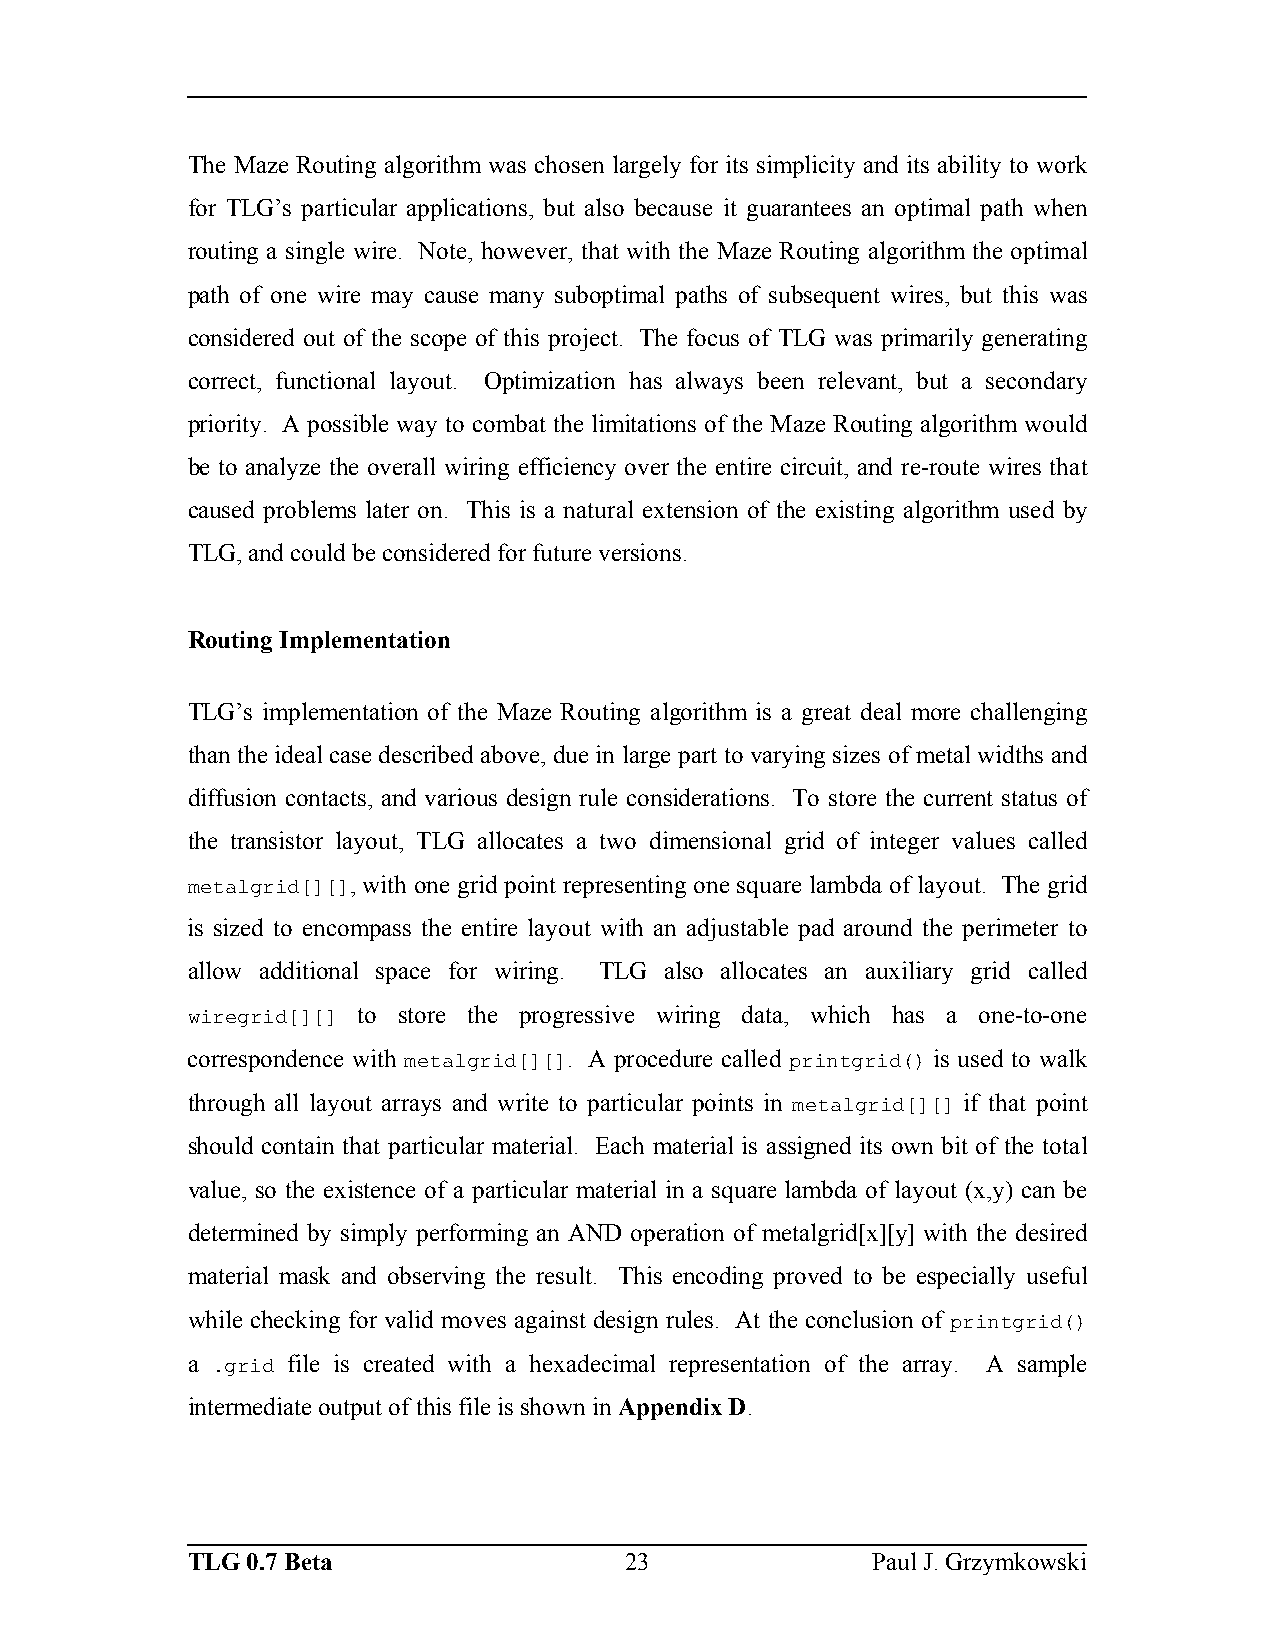
The Maze Routing algorithm was chosen largely for its simplicity and its ability to work
 for TLG’s particular applications, but also because it guarantees an optimal path when
 routing a single wire. Note, however, that with the Maze Routing algorithm the optimal
 path of one wire may cause many suboptimal paths of subsequent wires, but this was
 considered out of the scope of this project. The focus of TLG was primarily generating
 correct, functional layout. Optimization has always been relevant, but a secondary
 priority. A possible way to combat the limitations of the Maze Routing algorithm would
 be to analyze the overall wiring efficiency over the entire circuit, and re-route wires that
 caused problems later on. This is a natural extension of the existing algorithm used by
 TLG, and could be considered for future versions.
 Routing Implementation
 TLG’s implementation of the Maze Routing algorithm is a great deal more challenging
 than the ideal case described above, due in large part to varying sizes of metal widths and
 diffusion contacts, and various design rule considerations. To store the current status of
 the transistor layout, TLG allocates a two dimensional grid of integer values called
 metalgrid[][], with one grid point representing one square lambda of layout. The grid
 is sized to encompass the entire layout with an adjustable pad around the perimeter to
 allow additional space for wiring. TLG also allocates an auxiliary grid called
 wiregrid[][] to store the progressive wiring data, which has a one-to-one
 correspondence with metalgrid[][]. A procedure called printgrid() is used to walk
 through all layout arrays and write to particular points in metalgrid[][] if that point
 should contain that particular material. Each material is assigned its own bit of the total
 value, so the existence of a particular material in a square lambda of layout (x,y) can be
 determined by simply performing an AND operation of metalgrid[x][y] with the desired
 material mask and observing the result. This encoding proved to be especially useful
 while checking for valid moves against design rules. At the conclusion of printgrid()
 a .grid file is created with a hexadecimal representation of the array. A sample
 intermediate output of this file is shown in Appendix D.
 TLG 0.7 Beta                 23               Paul J. Grzymkowski